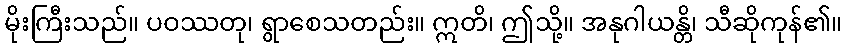
မိုးကြီးသည်။ ပဝဿတု၊ ရွာစေသတည်း။ ဣတိ၊ ဤသို့။ အနုဂါယန္တိ၊ သီဆိုကုန်၏။